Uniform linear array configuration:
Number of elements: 24
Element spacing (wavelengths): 0.5
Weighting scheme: hann
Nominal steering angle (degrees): -45
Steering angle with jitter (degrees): -44.057
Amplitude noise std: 0.05
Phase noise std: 0.05

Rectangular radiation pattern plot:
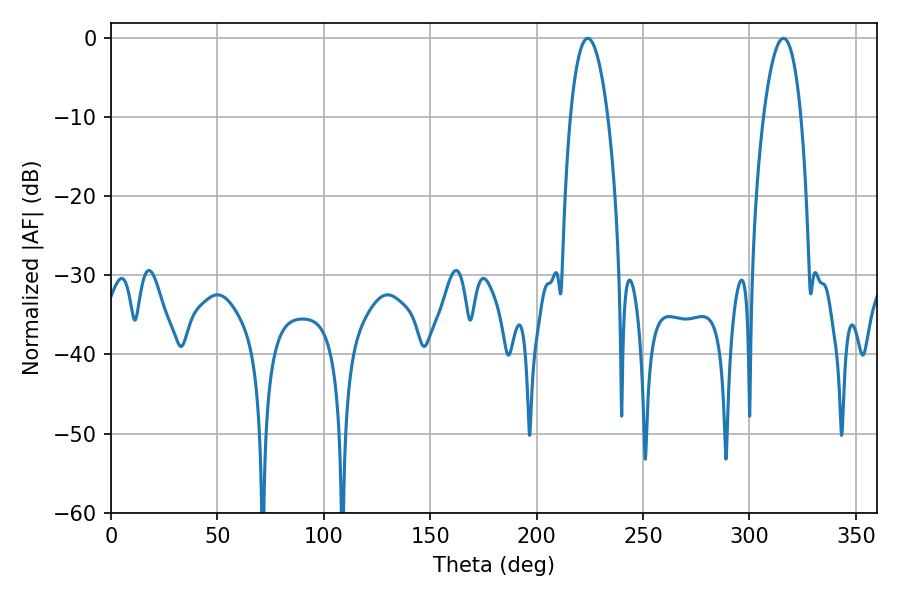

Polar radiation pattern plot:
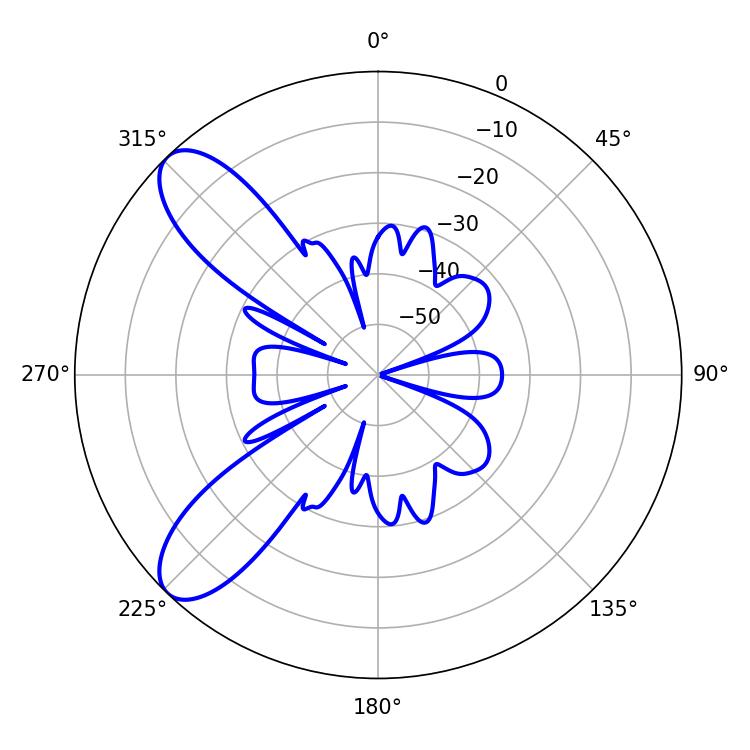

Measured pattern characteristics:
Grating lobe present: FALSE
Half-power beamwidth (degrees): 9.9
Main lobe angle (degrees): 224.1